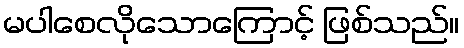
မပါစေလိုသောကြောင့် ဖြစ်သည်။